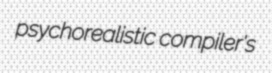
psychorealistic compiler's